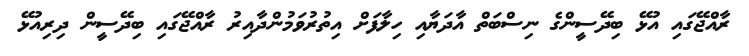
ރާއްޖޭގައި އުޅޭ ބިދޭސީންގެ ނިސްބަތް އާދަޔާއި ހިލާފަށް އިތުރުވަމުންދާއިރު ރާއްޖޭގައި ބިދޭސީން ދިރިއުޅޭ